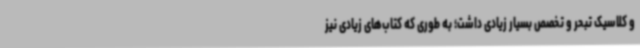
و کلاسیک تبحر و تخصص بسیار زیادی داشت؛ به طوری که کتاب‌های زیادی نیز